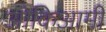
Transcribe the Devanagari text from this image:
ओकिआमी